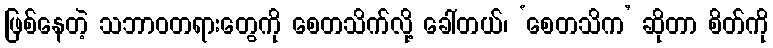
ဖြစ်နေတဲ့ သဘာဝတရားတွေကို စေတသိက်လို့ ခေါ်တယ်၊ ‘စေတသိက’ ဆိုတာ စိတ်ကို